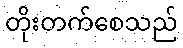
တိုးတက်စေသည်